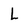
Character: L